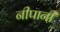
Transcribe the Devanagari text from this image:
नीपानी